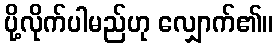
ပို့လိုက်ပါမည်ဟု လျှောက်၏။